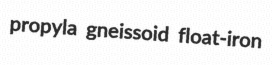
propyla gneissoid float-iron